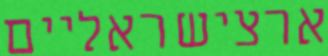
ארצישראליים